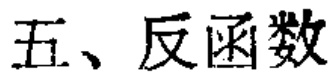
五、反函数